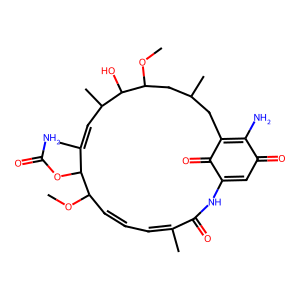
SMILES: COC1C=CC=C(C)C(=O)NC2=CC(=O)C(N)=C(CC(C)CC(OC)C(O)C(C)C=C(C)C1OC(N)=O)C2=O
Inhibits HIV replication: No